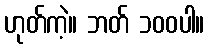
ဟုတ်ကဲ့။ ဘတ် ၁၀၀ပါ။